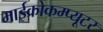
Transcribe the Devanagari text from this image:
माईक्रोकम्प्यूटर